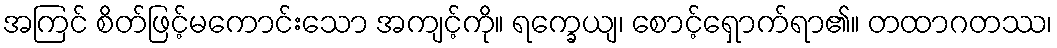
အကြင် စိတ်ဖြင့်မကောင်းသော အကျင့်ကို။ ရက္ခေယျ၊ စောင့်ရှောက်ရာ၏။ တထာဂတဿ၊